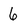
Character: 6